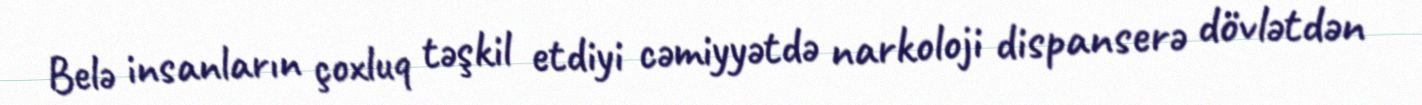
Belə insanların çoxluq təşkil etdiyi cəmiyyətdə narkoloji dispanserə dövlətdən